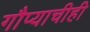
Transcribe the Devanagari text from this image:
गौप्याचीही